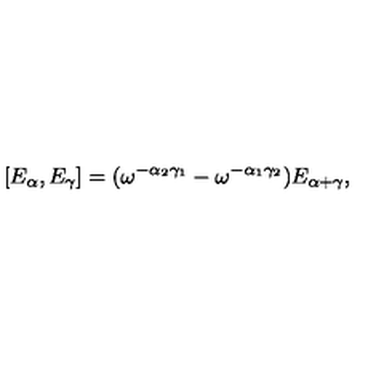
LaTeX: [ E _ { \alpha } , E _ { \gamma } ] = ( \omega ^ { - \alpha _ { 2 } \gamma _ { 1 } } - \omega ^ { - \alpha _ { 1 } \gamma _ { 2 } } ) E _ { \alpha + \gamma } ,